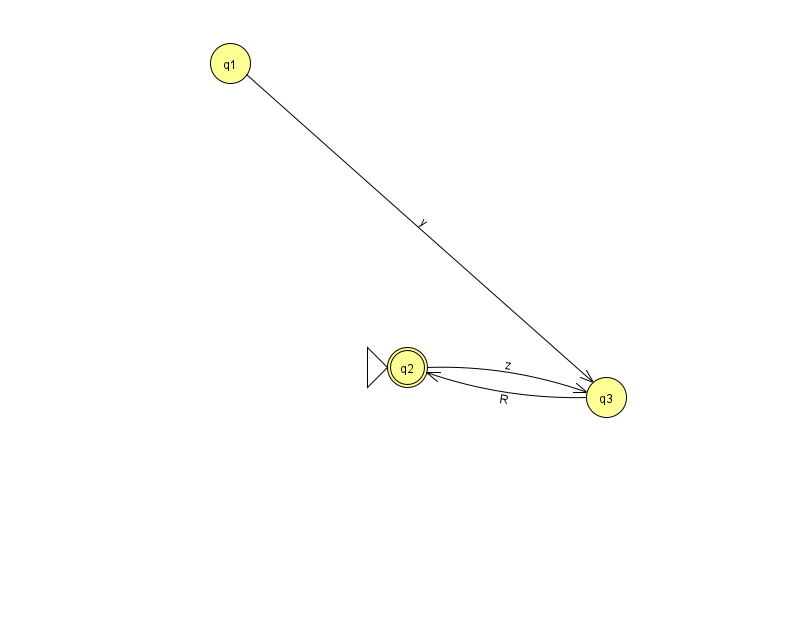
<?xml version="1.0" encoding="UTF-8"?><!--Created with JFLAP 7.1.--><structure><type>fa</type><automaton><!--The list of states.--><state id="1" name="q1"><x>230.0</x><y>50.0</y></state><state id="2" name="q2"><x>407.0</x><y>354.0</y><initial/><final/></state><state id="3" name="q3"><x>606.0</x><y>384.0</y></state><!--The list of transitions.--><transition><from>3</from><to>2</to><read>R</read></transition><transition><from>1</from><to>3</to><read>y</read></transition><transition><from>2</from><to>3</to><read>z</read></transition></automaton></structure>